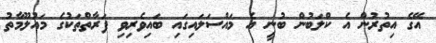
އޭގެ އިތުރުން އެ ކްލަބުން ބުނީ އެ މައްސަލައިގައި ބައިވެރިވި ފަރާތްތަކުގެ މައުލޫމާތު